Eesti_Vabariigi_Tartu_Ulikool, lk 46
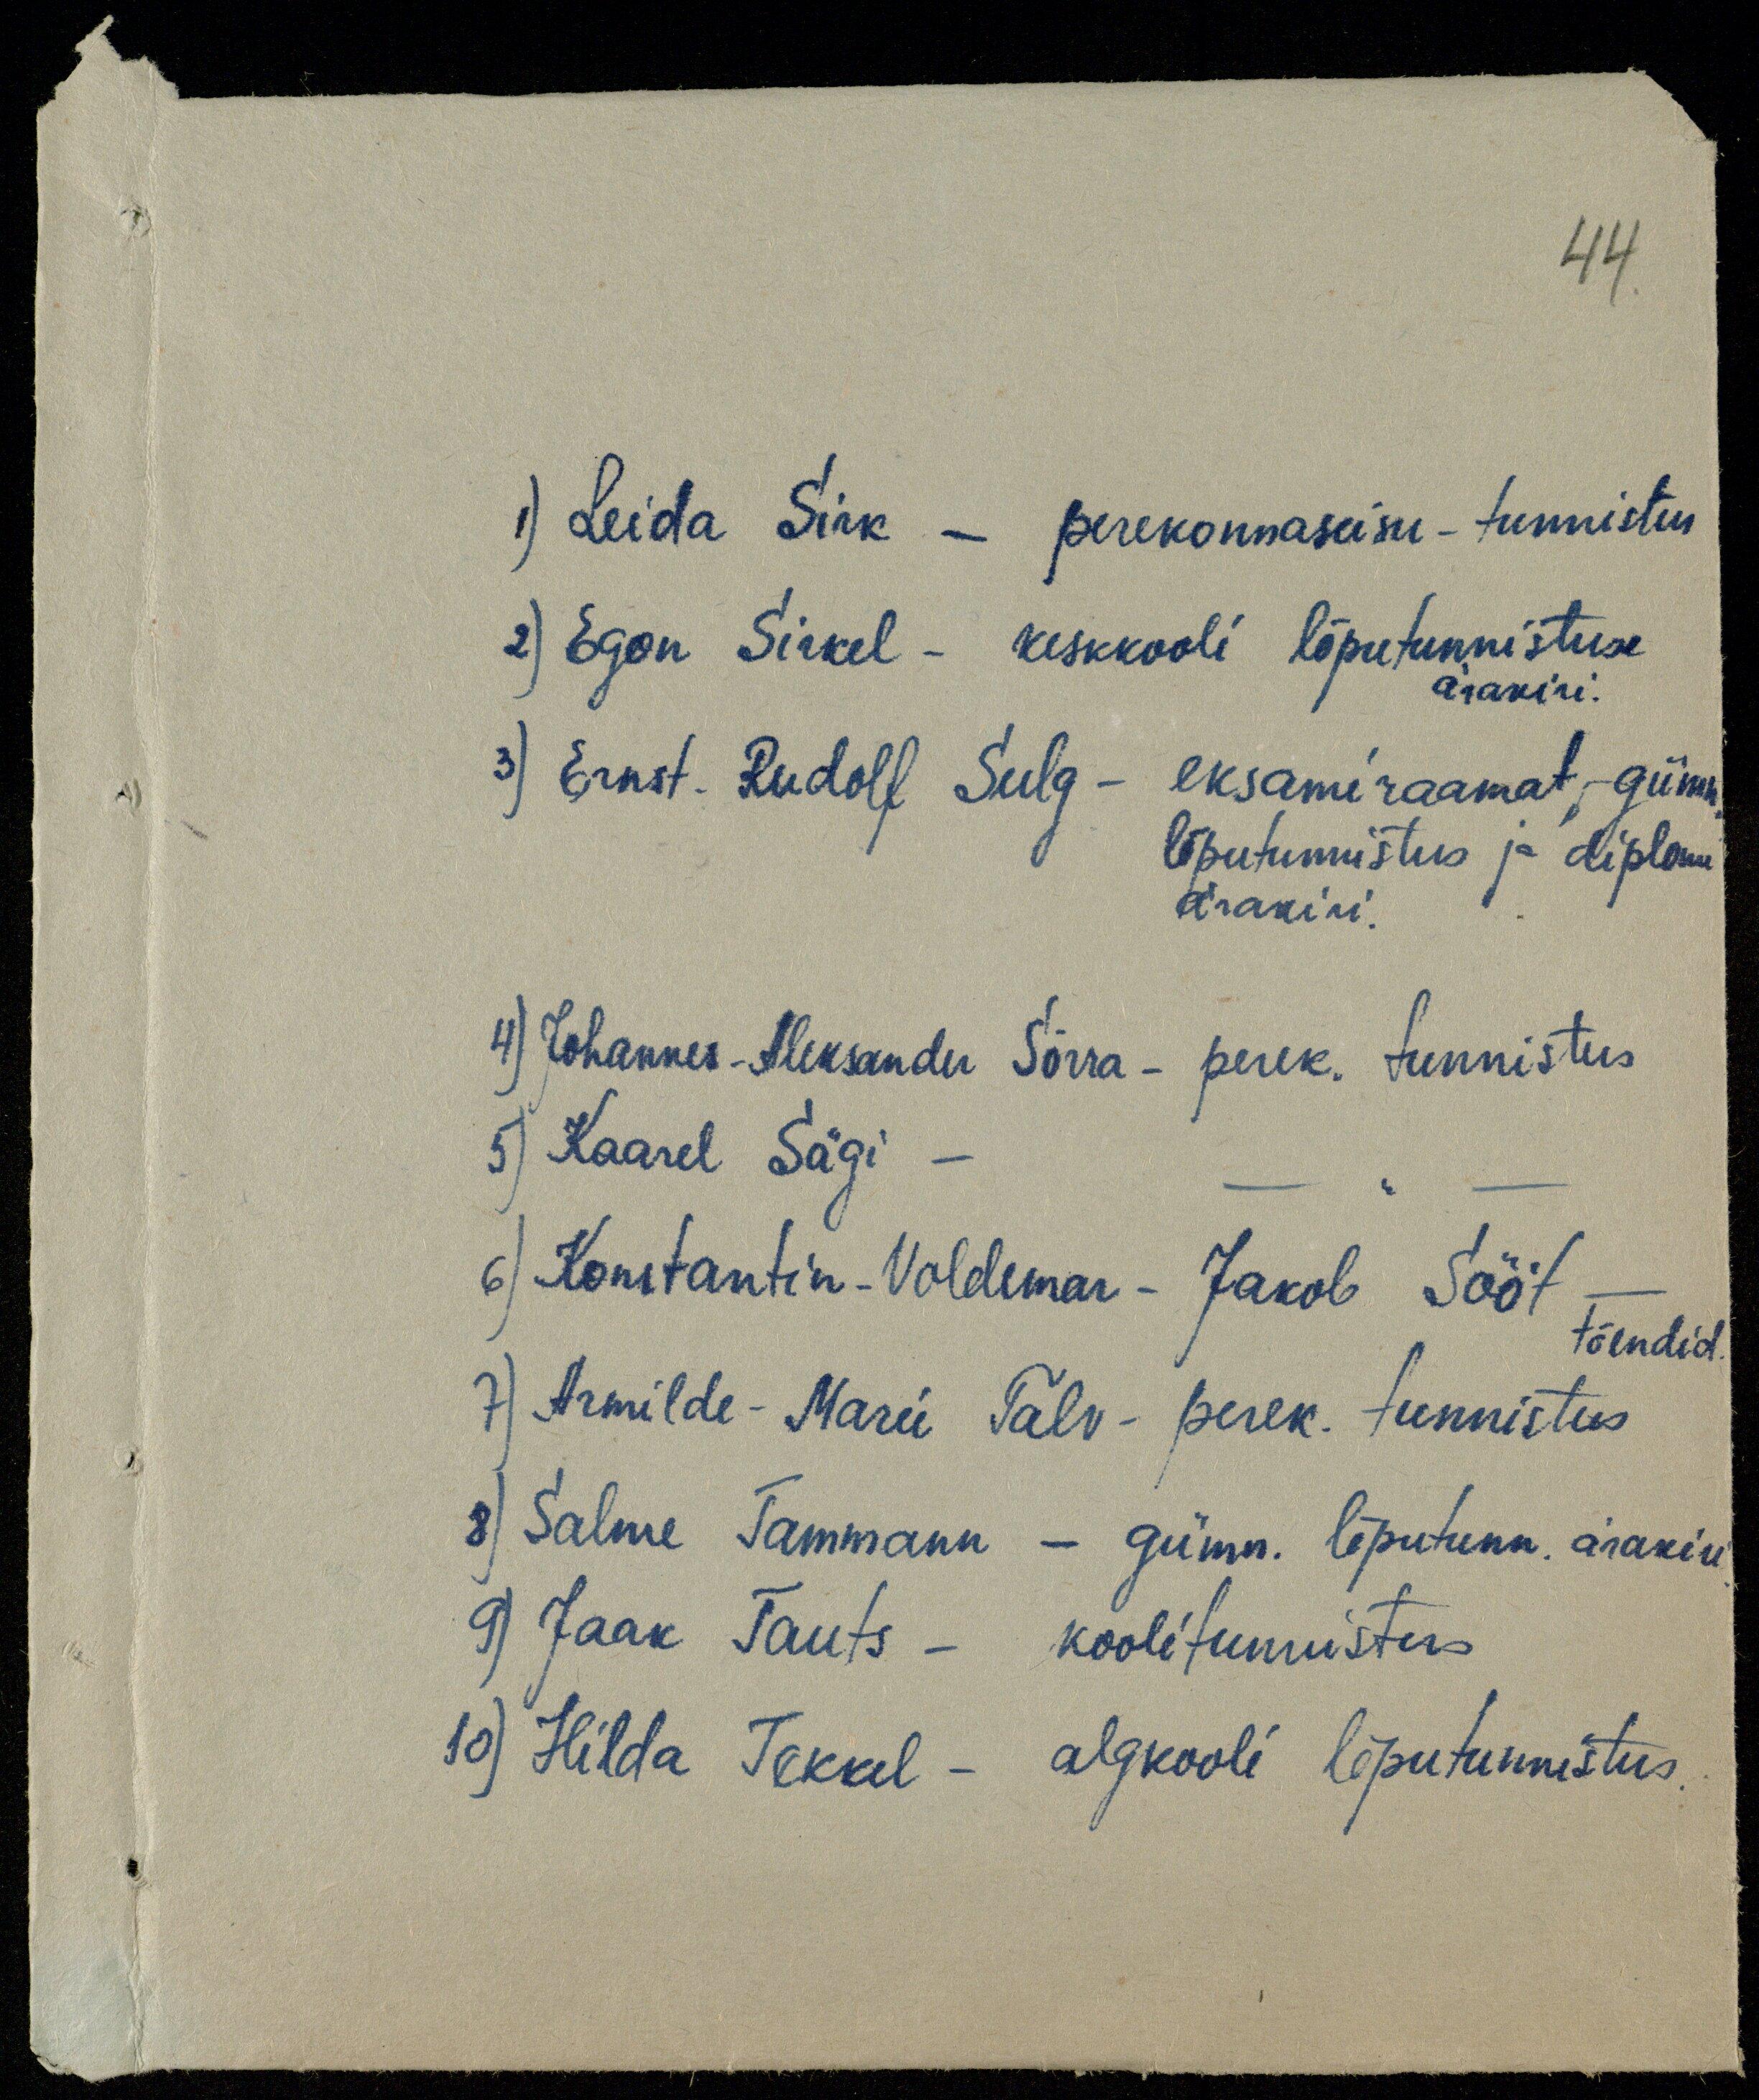
44.
1) Leida Sirk - perekonnaseisu - tunnistus
2) Egon Sirkel - keskkooli lõputunnistuse
ärakiri.
3) Ernst. Rudolf Sulg - eksamiraamat, gümn.
lõputunistus ja diplom
ärakiri.
4) Johannes-Aleksander Sõrra - perek, tunnistus
5) Kaarel Sägi -
6) Konstantin-Voldemar-Jakob Sööt-
tõendid.
7) Armilde-Marie Talv - perek. tunnistus
8) Salme Tammann - gümn. lõputunn. ärakiri
9) Jaak Tauts - koolitunnistus
10) Hilda Tekkel - algkooli lõputunnistus.